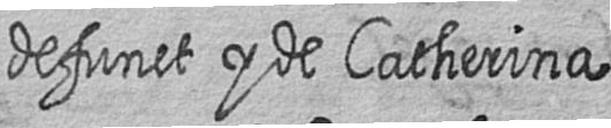
defunct y de Catherina